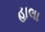
હાલા